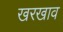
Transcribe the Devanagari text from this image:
खरखाव